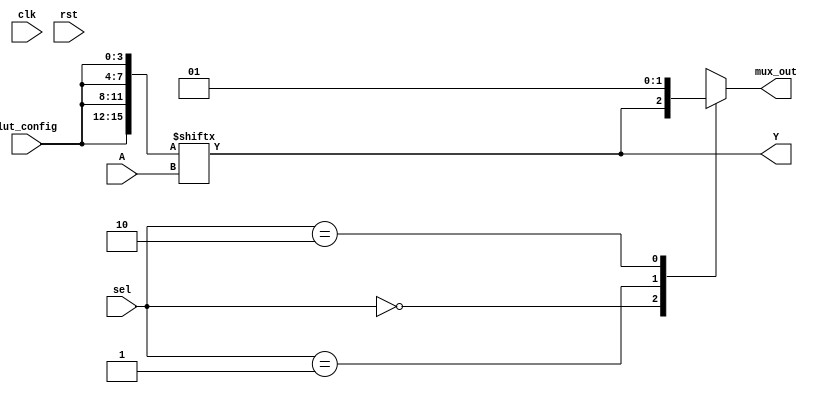
module CLB (
    input wire [3:0] A,         // 4-bit input for LUT
    input wire [1:0] sel,       // Select signal for multiplexer
    input wire clk,             // Clock signal for flip-flops
    input wire rst,             // Reset signal
    input wire [3:0] lut_config,// Configuration for LUT
    output wire Y,              // Output from LUT
    output wire mux_out         // Output from multiplexer
);

// Look-Up Table (LUT)
reg [15:0] lut; // 4-input LUT can represent 16 different combinations

always @(*) begin
    lut = {lut_config[3:0], lut_config[3:0], lut_config[3:0], lut_config[3:0]}; // Example configuration
end

assign Y = lut[A]; // Output from LUT based on input A

// Multiplexer
reg mux_out_reg;

always @(*) begin
    case (sel)
        2'b00: mux_out_reg = Y;          // Select LUT output
        2'b01: mux_out_reg = 1'b0;       // Select constant 0
        2'b10: mux_out_reg = 1'b1;       // Select constant 1
        2'b11: mux_out_reg = 1'bx;       // Select undefined
        default: mux_out_reg = 1'bx;     // Default case
    endcase
end

assign mux_out = mux_out_reg;

// Flip-Flops
reg ff_out;

always @(posedge clk or posedge rst) begin
    if (rst) begin
        ff_out <= 1'b0; // Reset flip-flop
    end else begin
        ff_out <= mux_out; // Store output of multiplexer
    end
end

endmodule